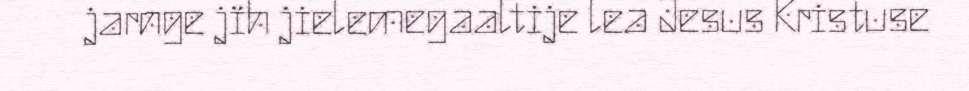
jarnge jïh jielemegaaltije lea Jesus Kristuse